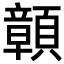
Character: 𩕆